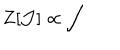
Z [ \mathcal { J } ] \propto \int